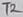
Text: T2